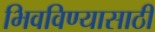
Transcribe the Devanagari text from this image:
भिवविण्यासाठी